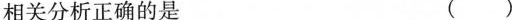
相关分析正确的是 ()